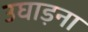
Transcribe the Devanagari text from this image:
उघाड़ना